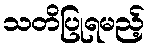
သတိပြုရမည့်